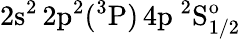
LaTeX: \mathrm{2s^{2}\, 2p^{2}(^{3}P)\, 4p~^{2}S_{1/2}^{o}}